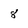
Character: 8